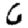
Digit: 6